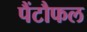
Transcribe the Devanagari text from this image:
पैंटौफल